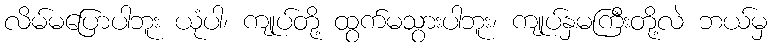
လိမ်မပြောပါဘူး ယုံပါ၊ ကျုပ်တို့ ထွက်မသွားပါဘူး၊ ကျုပ်နှမကြီးတို့လဲ ဘယ်မှ